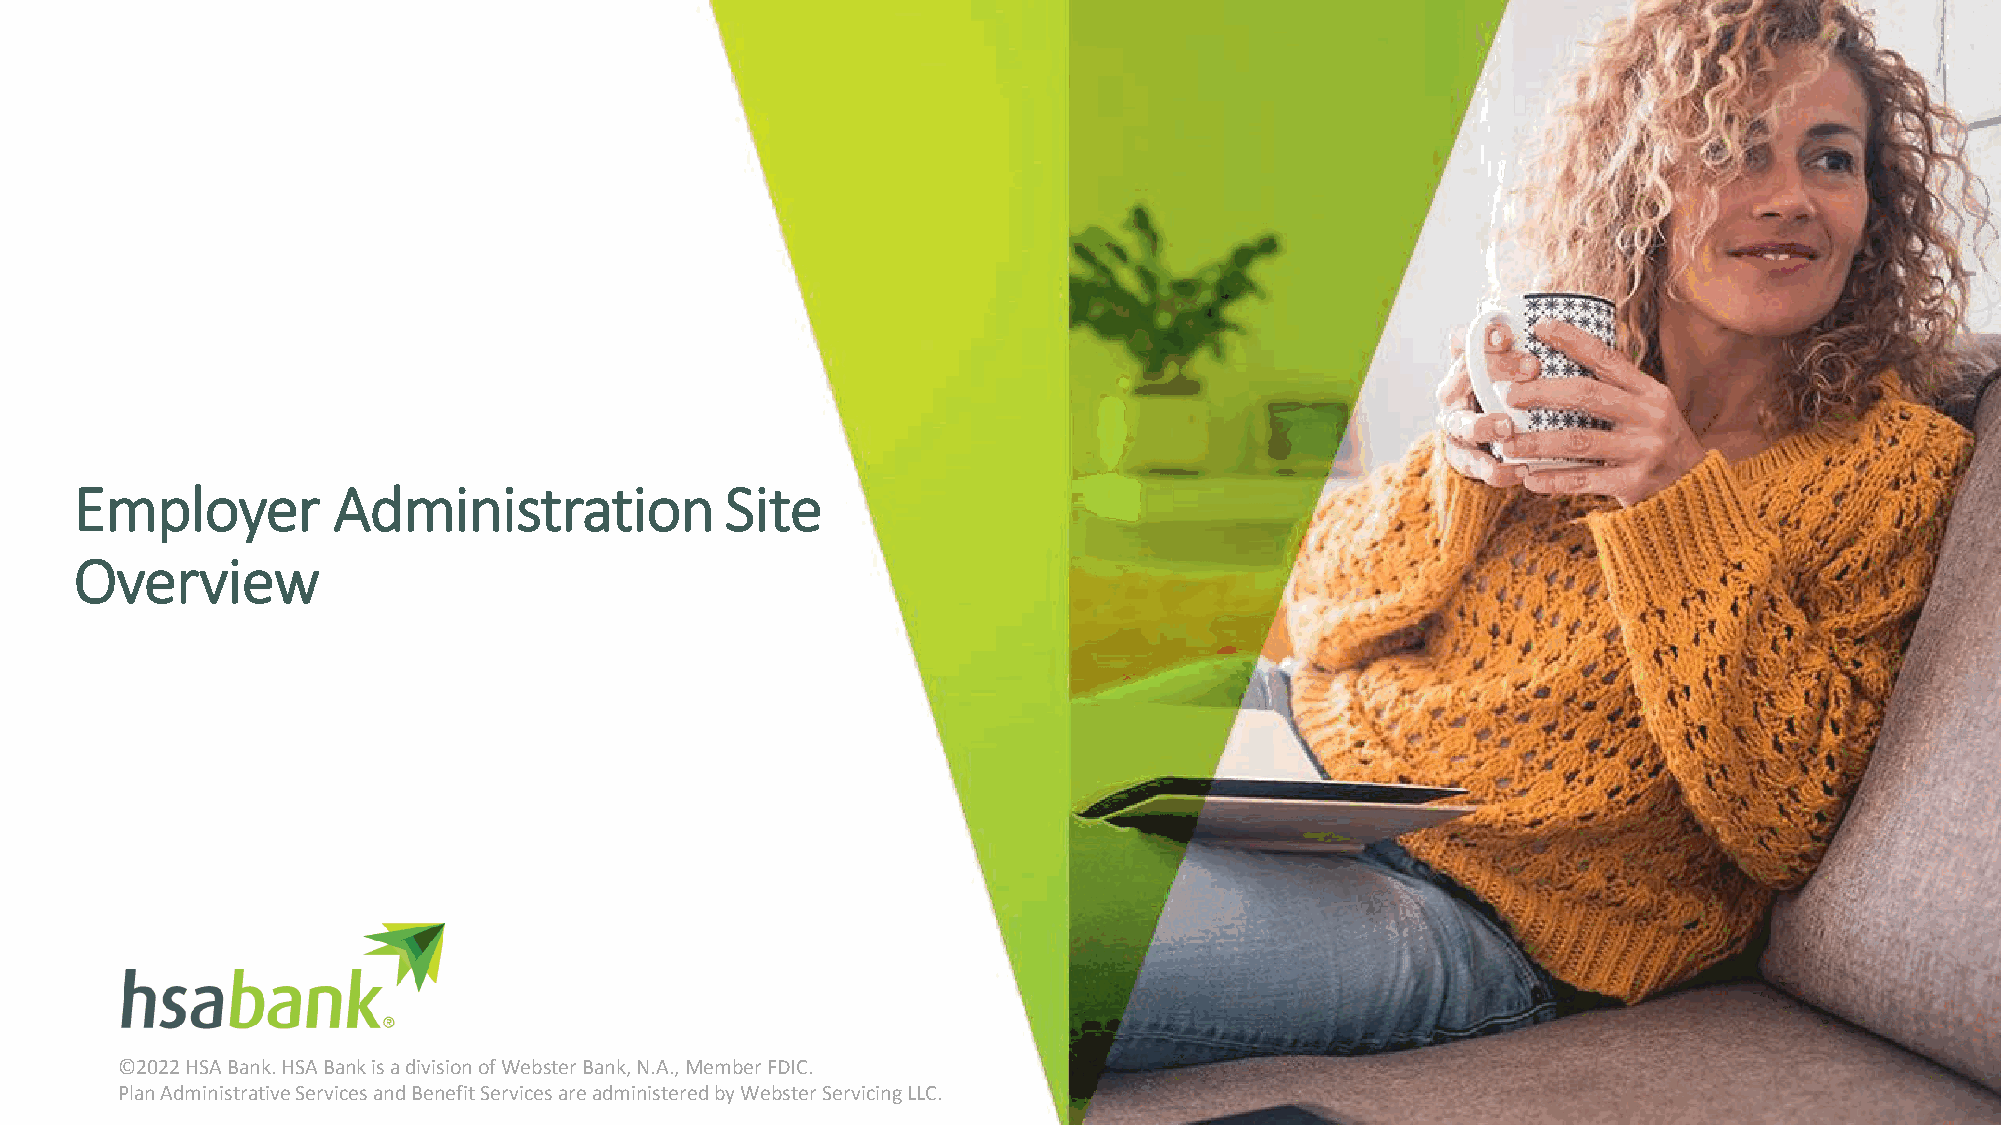
Employer         Administration            Site
 Overview
 ©2022 HSA Bank. HSA Bank is a division of Webster Bank, N.A., Member FDIC.
 Plan Administrative Services and Benefit Services are administered by Webster Servicing LLC.